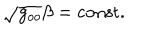
LaTeX: \sqrt { g _ { o o } } \beta = \mathrm { c o n s t } .